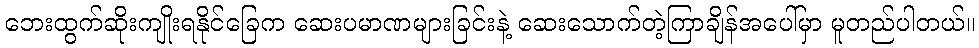
ဘေးထွက်ဆိုးကျိုးရနိုင်ခြေက ဆေးပမာဏများခြင်းနဲ့ ဆေးသောက်တဲ့ကြာချိန်အပေါ်မှာ မူတည်ပါတယ်။